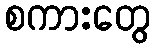
စကားတွေ